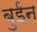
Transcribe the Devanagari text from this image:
बुईन